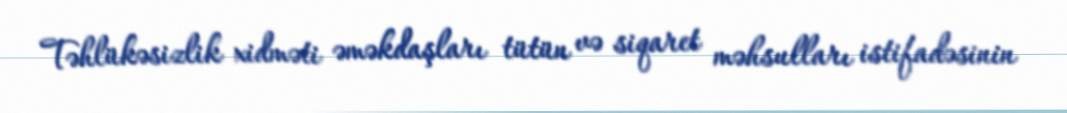
Təhlükəsizlik xidməti əməkdaşları tütün və siqaret məhsulları istifadəsinin